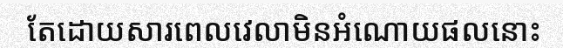
តែដោយសារពេលវេលាមិនអំណោយផលនោះ